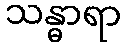
သန္ဓာရာ